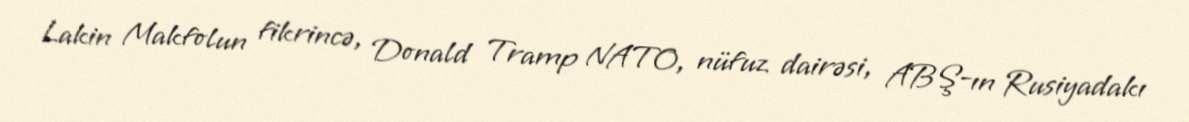
Lakin Makfolun fikrincə, Donald Tramp NATO, nüfuz dairəsi, ABŞ-ın Rusiyadakı